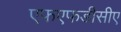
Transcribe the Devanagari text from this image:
एफएफडीसीए